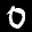
Label: 0